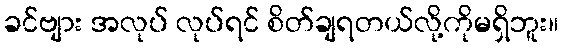
ခင်ဗျား အလုပ် လုပ်ရင် စိတ်ချရတယ်လို့ကိုမရှိဘူး။